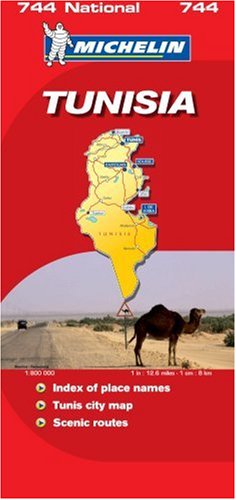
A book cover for Tunisia 2007 (Michelin National Maps); Travel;